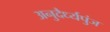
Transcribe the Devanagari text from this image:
अनुदैर्ध्यपुंज